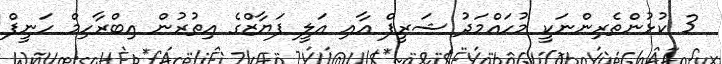
3 ކުޅުންތެރިންނަކީ މުހައްމަދު ޝަރީފް އާއި އަލީ ފަޔާޒްގެ އިތުރުން އިބްރާހިމް ހަނީފް